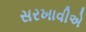
સરખાવીએ